Medical and sanitary report of the native army of Bengal for the year
Year: 1878
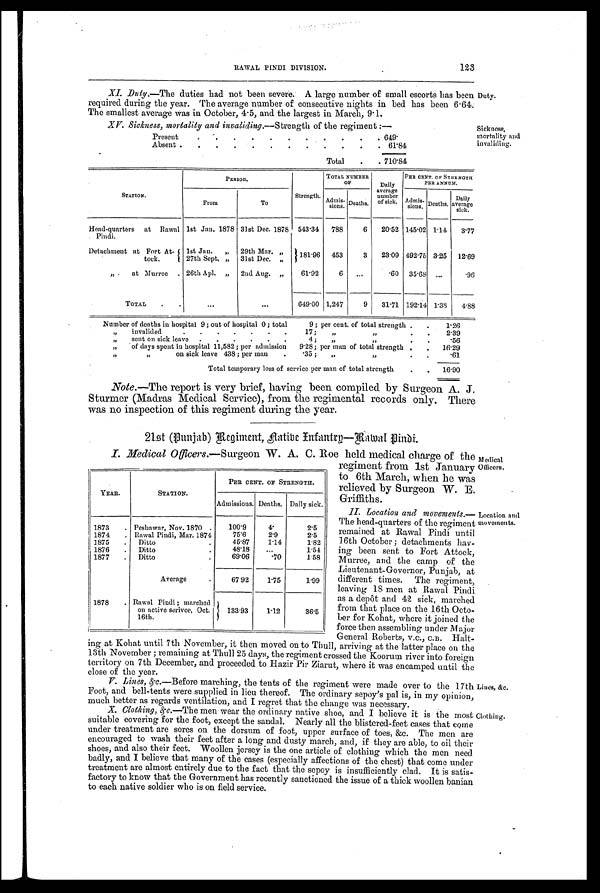
XV. Sickness, mortality and invaliding.—Strength of the regiment :—
Present
.
.
.
.
.
.
.
.
.
.
. 649.
Absent .
.
.
.
.
.
.
.
.
.
. 61.84
Total
.
. 710.84
Sickness,
mortality and
invaliding.
Lines, &c.
Clothing.
Duty.
XI. Duty.—The duties had not been severe. A large number of small escorts has been
required during the year. The average number of . consecutive nights in bed has been 6.64.
The smallest average was in October, 4.5, and the largest in. March, 9.1.
STATION.
P E R I O D .
Strength.
TOTAL NUMBER
OF
Daily
average
number
of sick.
PER CENT. OF STRENGTH
PER ANNUM.
A d m i s -
s i o n s . Deaths.
Admits-
sion. Deaths
Daily
average
sick
From
To
Head-quarters at Rawal
Pindi.
1st Jan. 1878 31st Dec. 1878 543.34
788
6
20.52 145.02 1.14
3 . 7 7
Detachment at Fort At-
took.
1st Jan.
„ 29th Mar.
181.96 453
3
23.09 492.75 3.25 12.69
27th Sept. „ 31st Dec. „
„ .
at Murree . 26th Apl. „ 2nd Aug. „
61.92
6
...
.60 35.68 . . .
.96
TOTAL
.
.
...
...
649.00 1,247
9
31.71 192.14 1.38
4.88
Number of deaths in hospital 9; out of hospital 0 ; total
9 ; per cent. of total strength.
.
1.26
,,
invalided
. . . . . . .
17;
,,
,, .
.
2.39
,,
sent on sick leave .
.
.
.
. .
4 ;
,,
, ,
.56
,,
of days spent in hospital 11,582; per admission
9.28; per man of total strength .
.
16.29
,,
,,
on sick leave 438 ; per man
.
.35 ;
„
, ,
.61
Total temporary loss of service per man of total strength
.
.
16.90
Note.—The report is very brief, having been compiled by Surgeon A. J.
Sturmer (Madras Medical Service), from the regimental records only. There
was no inspection of this regiment during the year.
21st (Punjab) Regiment, Aatibe Infantry—Rawal Pindi.
YEAR
.
STATION.
PER CENT OF STRENGTH.
Admissions. Deaths. Daily sick.
1873
. Peshawar, Nov. 1870 .
100.9
4.
2.5
1874. Rawal Pindi, Mar. 1874
75.6
2.9
2.5
1875
.
Ditto
45.87
1.14
1.82
1876
Ditto
48.18
...
1.54
1877
.
Ditto
.
69.06
.70
1.58
Average
.
67.92
1.75
1.99
1878
. Rawal Pindi ; marched
on active serivce, Oct.
16th.
133.93
1.12
36.5
I. Medical Officers.— Surgeon W. A. C. Roe held medical charge of the
regiment from 1st January
to 6th March, when he was
relieved by Surgeon W. E.
Griffiths.
II. Location and movements.—
The head-quarters of the regiment
remained at Rawal Pindi until
16th October ; detachments hav-
ing been sent to Fort Attock,
Murree, and the camp of the
Lieutenant-Governor, Punjab, at
different times. The regiment,
leaving 18 men at Rawal Pindi
as a depôt and 42 sick, marched
from that place on the 16th Octo-
ber for Kohat, where it joined the
force then assembling under Major
General Roberts, V.C., C.B. Halt-
ing at Kohat until 7th November, it then moved on to Trull, arriving at the latter place on the
13th November ; remaining at Thull 25 days, the regiment crossed the Koorum river into foreign
territory on 7th December, and proceeded to Hazir Pir Ziarut, where it was encamped until the
close of the year.
V. Lines, &c.—Before marching, the tents of the regiment were made over to the 17th
Foot, and bell-tents were supplied in lieu thereof. The ordinary sepoy's pal is, in my opinion,
much better as regards ventilation. and I regret that the change was necessary.
X. Clothing, &c.—The men wear the ordinary native shoe, and I believe it is the most
suitable covering for the foot, except the sandal. Nearly all the blistered-feet cases that come
under treatment are sores on the dorsum of foot, upper surface of toes, &c. The men are
encouraged to wash their feet after a long and dusty march, and, if they are able, to oil their
shoes, and also their feet. Woollen jersey is the one article of clothing which the men need
badly, and I believe that many of the cases (especially affections of the chest) that come under
treatment are almost entirely due to the fact that the sepoy is insufficiently clad. It is satis-
factory to know that the Government has recently sanctioned the issue of a thick woollen banyan
to each native soldier who is on field service.
Medical Officers.
Location and
movements.